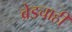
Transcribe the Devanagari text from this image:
ब्रेडचाही